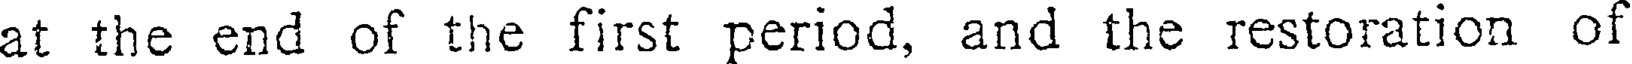
at the end of the first period, and the restoration of